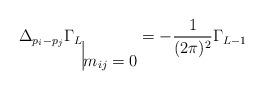
LaTeX: \begin{align*}\Delta _{p_i-p_j} \Gamma _L\raisebox{-1.5em}{\vrule height 1.5em $m_{ij}=0$}= - \frac{1}{(2 \pi)^2} \Gamma_{L-1}\end{align*}